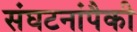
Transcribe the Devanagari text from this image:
संघटनांपैकी